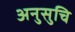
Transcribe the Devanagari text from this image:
अनुसुचि